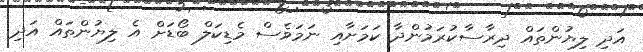
އަދި ލިޔުންތައް ދިރާސާކުރަމުންދާ ކަމަށާއި ނަމަވެސް މެޑިކަލް ބޯޑަށް އެ ލިޔުންތައް އަދި